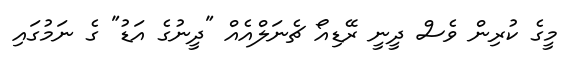
މީގެ ކުރިން ވެސް ދީނީ ރޭޑިއޯ ޗެނަލްއެއް "ދީނުގެ އަޑު" ގެ ނަމުގައި